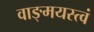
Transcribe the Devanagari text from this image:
वाङ्‌मयस्त्वं